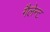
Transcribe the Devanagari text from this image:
गैलेन्ट